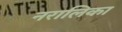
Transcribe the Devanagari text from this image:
नरालिका